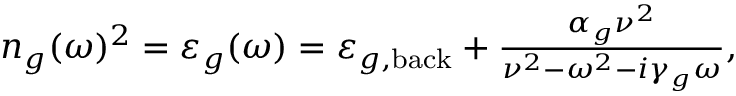
\begin{array} { r } { n _ { g } ( \omega ) ^ { 2 } = \varepsilon _ { g } ( \omega ) = \varepsilon _ { g , \mathrm { b a c k } } + \frac { \alpha _ { g } \nu ^ { 2 } } { \nu ^ { 2 } - \omega ^ { 2 } - i \gamma _ { g } \omega } , } \end{array}